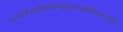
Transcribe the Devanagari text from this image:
उदयगिरिभद्रगौडकपौण्ड्रोत्कलकाषिमेकलाम्बष्ठाः।